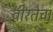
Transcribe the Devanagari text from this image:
वीरतेचा